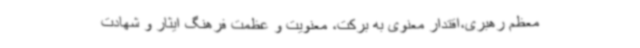
معظم رهبری،اقتدار معنوی به برکت، معنویت و عظمت فرهنگ ایثار و شهادت